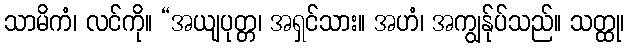
သာမိကံ၊ လင်ကို။ “အယျပုတ္တ၊ အရှင်သား။ အဟံ၊ အကျွန်ုပ်သည်။ သတ္ထု၊